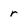
Character: r